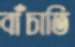
বাঁচাতি